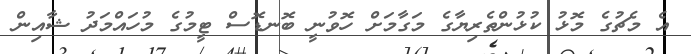
އެ މެޗުގެ މޮޅު ކުޅުންތެރިޔާގެ މަގާމަށް ހޮވުނީ ބޮނޑޮސް ޓީމުގެ މުހައްމަދު ޝާއިން